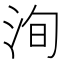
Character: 洵